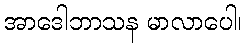
အာဒေါဘာသန မာလာပေါ၊